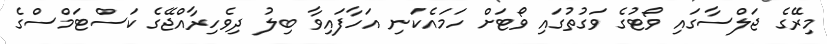
މިރޭގެ ޖަލްސާގައި ވޯޓުގެ ވަގުތުގައި ވޯޓަށް ހަމައެކަނި އަހާފައިވާ ބިލު ދިވެހިރާއްޖޭގެ ކަސްޓަމްސްގެ